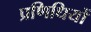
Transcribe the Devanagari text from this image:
प्रणिधियों